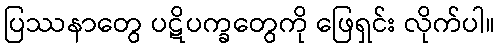
ပြဿနာတွေ ပဋိပက္ခတွေကို ဖြေရှင်း လိုက်ပါ။